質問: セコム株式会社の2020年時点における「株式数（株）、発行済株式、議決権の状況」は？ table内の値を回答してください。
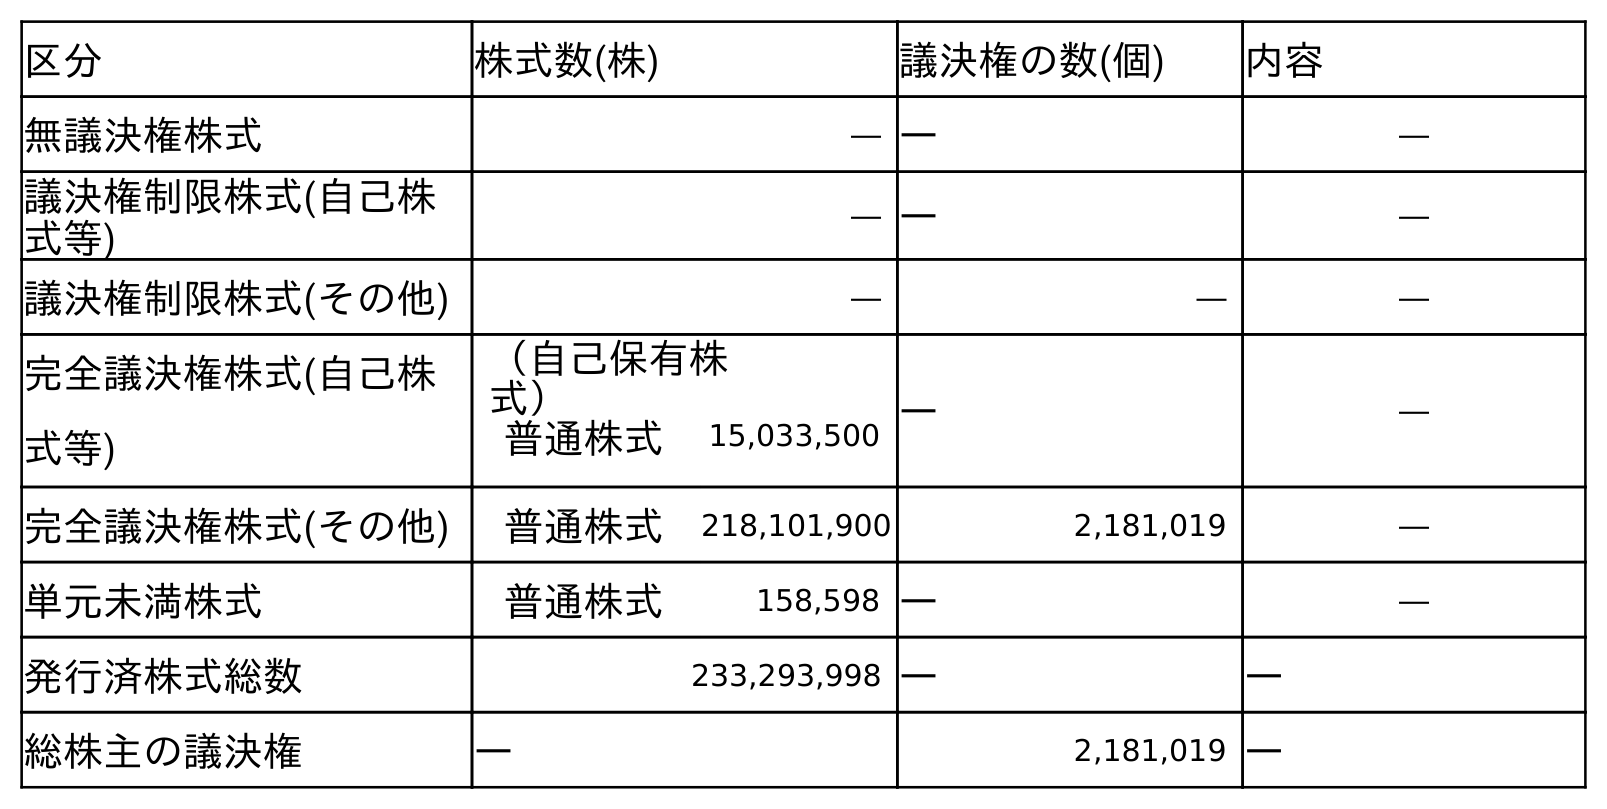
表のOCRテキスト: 区分 株式数(株) 議決権の数(個) 内容 無議決権株式 ― ― ― 議決権制限株式(自己株 式等) ― ― ― 議決権制限株式(その他) ― ― ― 完全議決権株式(自己株 式等) （自己保有株 式） ― ― 普通株式 15,033,500 完全議決権株式(その他) 普通株式 218,101,900 2,181,019 ― 単元未満株式 普通株式 158,598 ― ― 発行済株式総数 233,293,998 ― ― 総株主の議決権 ― 2,181,019 ―
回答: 233,293,998